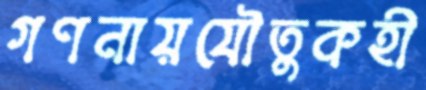
গণনায়যৌতুকহী